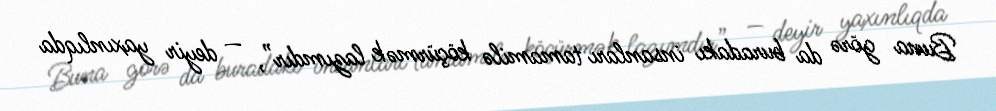
Buna görə da buradakı insanları tamamilə köçürmək lazımdır”, — deyir yaxınlıqda